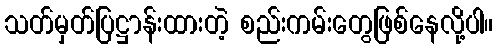
သတ်မှတ်ပြဋ္ဌာန်းထားတဲ့ စည်းကမ်းတွေဖြစ်နေလို့ပါ။